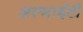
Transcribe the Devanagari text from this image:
अल्माईटी